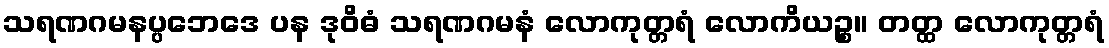
သရဏဂမနပ္ပဘေဒေ ပန ဒုဝိဓံ သရဏဂမနံ လောကုတ္တရံ လောကိယဉ္စ။ တတ္ထ လောကုတ္တရံ